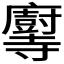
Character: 𫴶